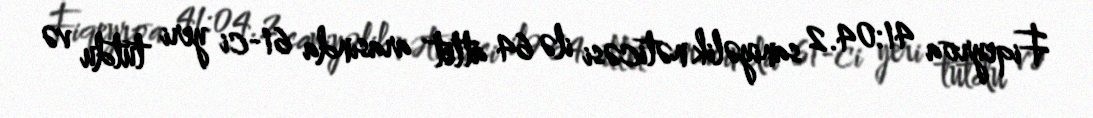
Fiqeyroa 41:04.2 saniyəlik nəticəsi ilə 64 atlet arasında 61-ci yeri tutdu və